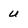
Character: u